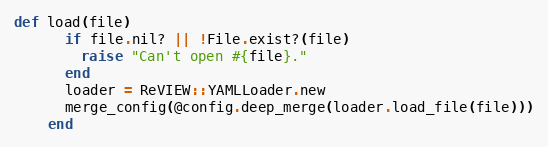
Language: Ruby
def load(file)
      if file.nil? || !File.exist?(file)
        raise "Can't open #{file}."
      end
      loader = ReVIEW::YAMLLoader.new
      merge_config(@config.deep_merge(loader.load_file(file)))
    end